Bréfritari: Jakobína Jónsdóttir
Viðtakandi: Sólveig Jónsdóttir
Dagsetning: A-1857-03-30
Skrifað á: Eskifirði  S-Múl.
systir bréfviðtakanda

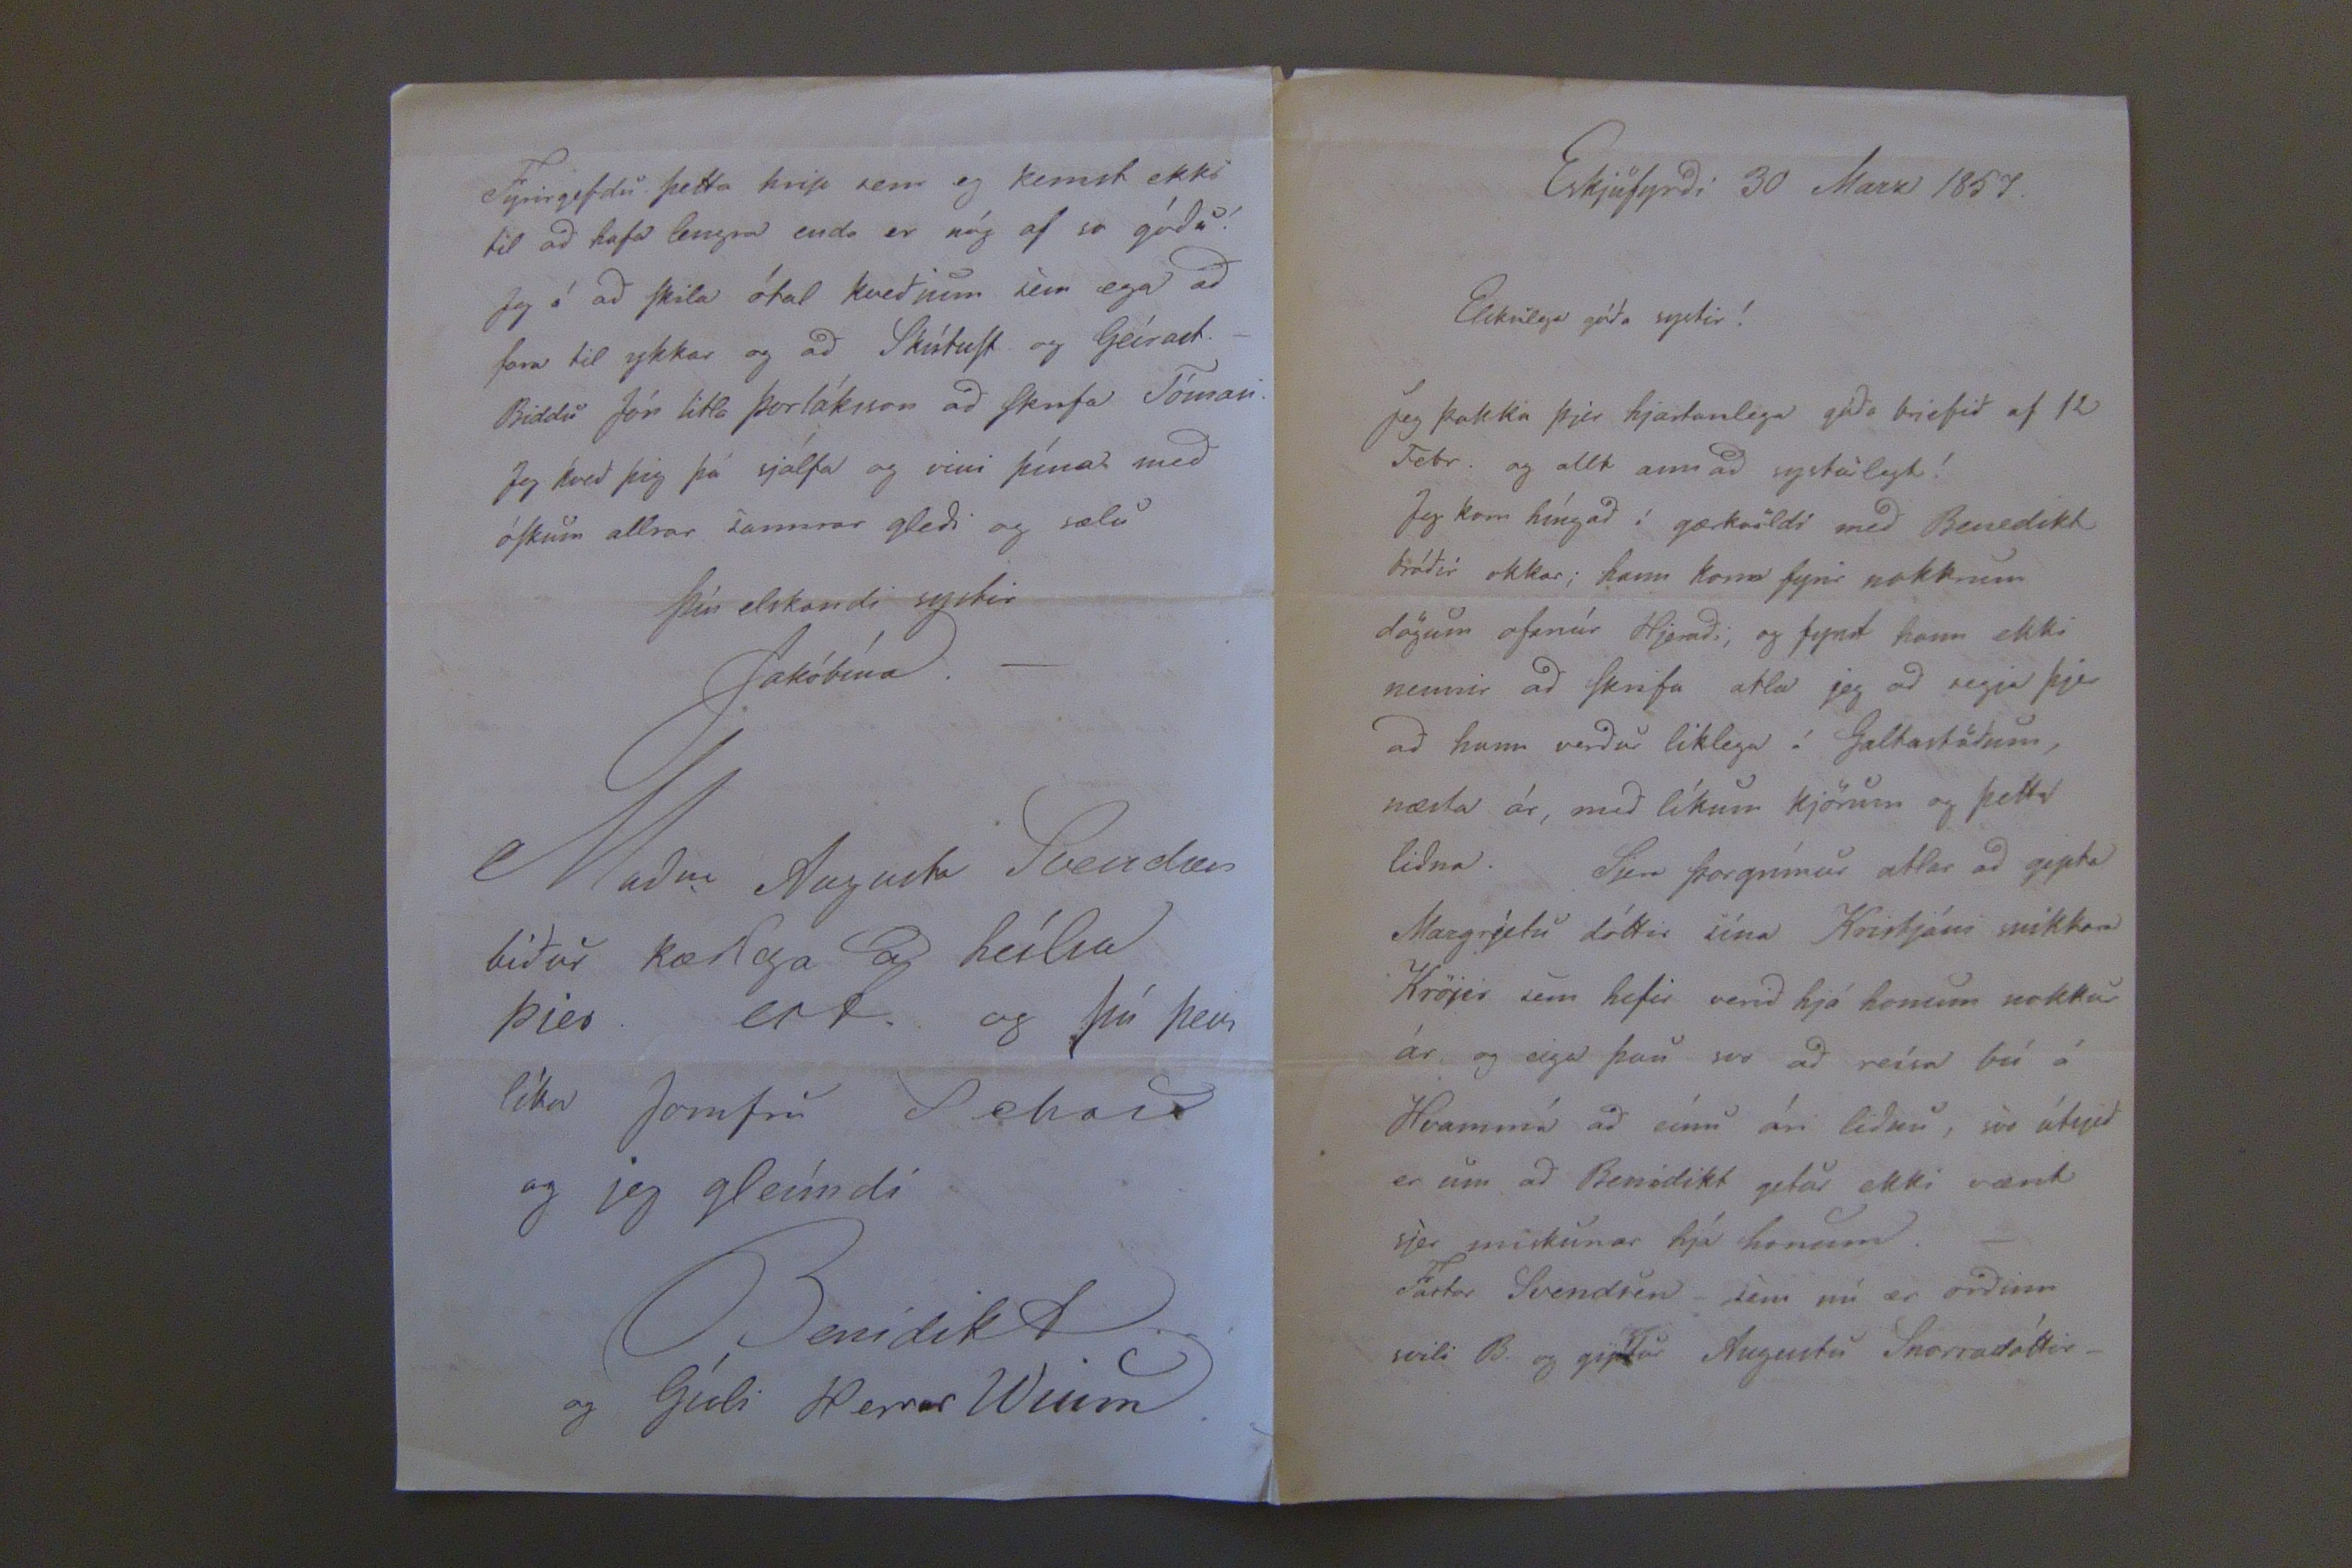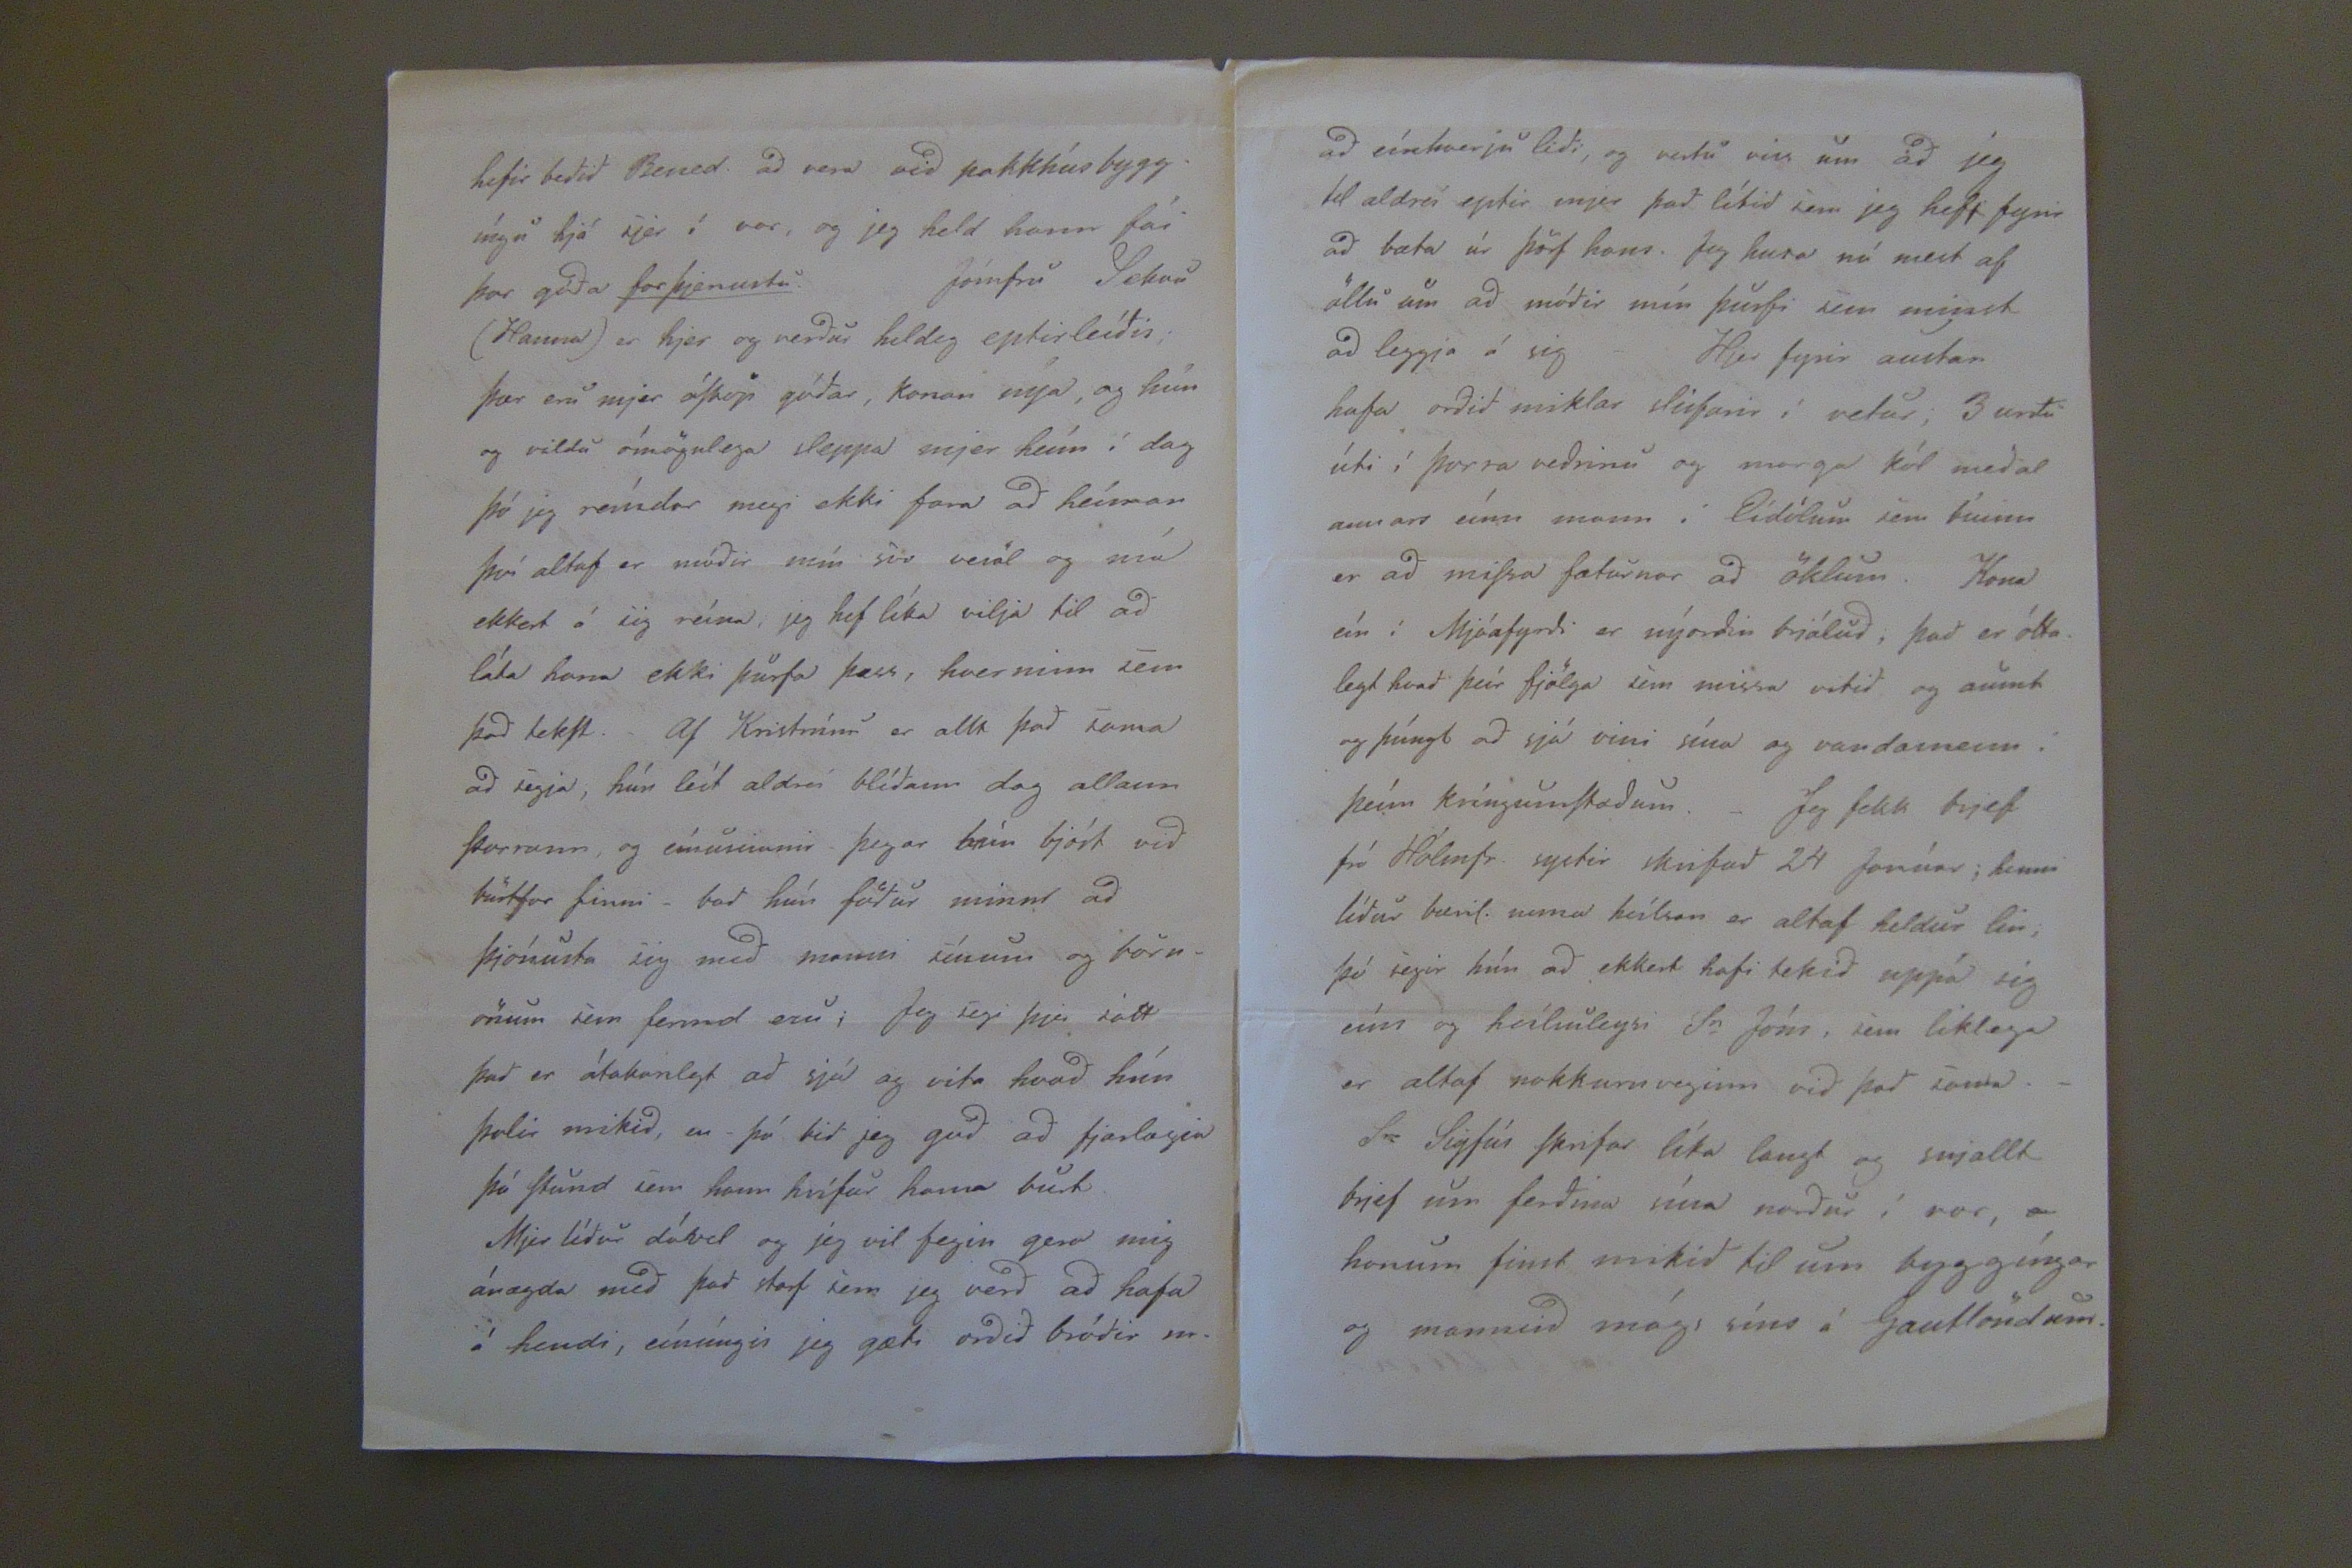

Eskjufyrdi 30 Marz 1857.
Elskulega góda systir!
Jeg þakka þjer hjartanlega góda brjefid af 12 Febr. og allt ann ad systálegt!
Jeg kom híngad í gærkvöldi med Benedikt bródir okkar; hann kom fyrir nokkrum dögum ofanúr Hjeradi, og fyrst hann ekki nennir ad Skrifa ætla jeg ad segja þjer ad hann verdur líklega í Galtastödum, næsta ár, med líkum Kjörum og þetta lidna. Sjera Þorgrímur ætlar ad gipta Margrjetu dóttir sína Kristjáni snikkara Krojer sem hefir verid hjá honum nokkur ár og eiga þau svo ad reísa bú á Hvammí ad einu ári lidnu, svo
útegid
er um ad Benidikt getur ekki vænt sjer miskunar hjá honum.- Factor Svendsen -sem nú er ordinn svili B. og giptur Augustu Snorradóttir-
hefir bedid Bened. ad vera vid pakkhúsbyggíngu hjá sjer í vor, og jeg held hann fái þar góda
forþjonustu
. Jómfru
Sekun
(Hanna) er hjer og verdur hildeg eptirleídis; þær eru mjer óSköp gódar, konan nýa, og hún og vildu ómögulega sleppa mjer heím í dag þó jeg reíndar megi ekki fara ad heíman því altaf er módir mín svo vesælt og má ekkert á sig reína, jeg hef líka vilja til ad láta hana ekki þurfa þess, hverninn sem þad tekSt.
Af Kristrúnu er allt, þad sama ad segja, hún leít aldrei blídann dag allann þorrann, og eínusinnir- þegar hún bjóst vid burtfor Sinni- bad hún födur minn ad þjónusta sig med manni sínum og börnönum sem fermd eru; Jeg segi þjer satt þad er átakanlegt ad sjá og vita hvad hún þolir mikidm en þá bid jeg gud ad fjarlægin þá Stund sem hann hrífur hana burt. Mjer lídur dável og jeg vil fegin gera mig ánægda med þad starf sem jeg verd ad hafa í hendi, eínúngis jeg gæti ordid bródir m.
Fyrirgefdu þetta kriSs sem eg kemst ekki til ad hafa lengra enda er nóg af so gódu! Jeg á ad Skila ótal kvedjum sem ega ad fara til ykkar og ad SkútuSt. og Geírast.- Biddu Jón litla Þorláksson ad skrifa Tómasi. Jeg kved þig þá sjálfa og vini þína med med óSkum allrar sannrar gledi og sælu
Þín elskandi systir
Jakóbína.-
Madur Augusta Svendsen bidur kærlega ad heilsa þjer. ert og þú þess líka Jomfrú
Sekan
og jeg gleímdi
Benidikt og Gísli Herrar
Wim
ad eínhverju lidi, og vertu viss um ad jeg til aldreí eptir mjer þad lítid sem jeg hefr fyrir ad bæta úr þörf hans. Jeg heira má mest af öllu um ad módir mín þurfi sem minst ad leggja á sig- Hjer fyrir austan hafa ordid miklar lérfarir í vetur; 3 urdu úti í þorra vedrinu og marga kól medal annars eínn mann í Eídölum sem búinn er ad miSsa fæturnar ad öklum. Kona eín í Mjóafyrdi er nýordin brjálud; þad er óttalegt hvad þeír fjölga sem missa vitid og aumt og þúngt ad sjá vini sína og vandamenn í þeím kríngumStædum.- Jeg fekk brjef frá Hólmfr. systir skrifad 24 Janúar; henni lídur bæril. nema heílsan er altaf heldur lin; þó segir hún ad ekkert hafi tekid uppá sig eíns og heílsuleysi S
r
Jóns, sem líklega er altaf nokkurnveginn vid þad sama.- Sr Sigfús Skrifar líka langt og snjallt brjef um ferdina sína nordur í vor, honum finst mikid til um byggíngar og mannsid mágs síns á Gautlöndum.